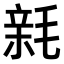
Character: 𣮭